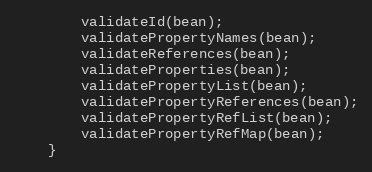
Language: Java
        validateId(bean);
        validatePropertyNames(bean);
        validateReferences(bean);
        validateProperties(bean);
        validatePropertyList(bean);
        validatePropertyReferences(bean);
        validatePropertyRefList(bean);
        validatePropertyRefMap(bean);
    }